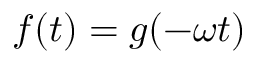
f ( t ) = g ( - \omega t )